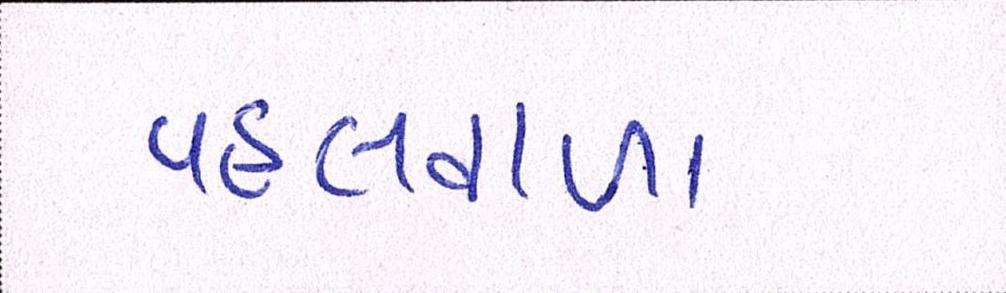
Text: પહલવાળા